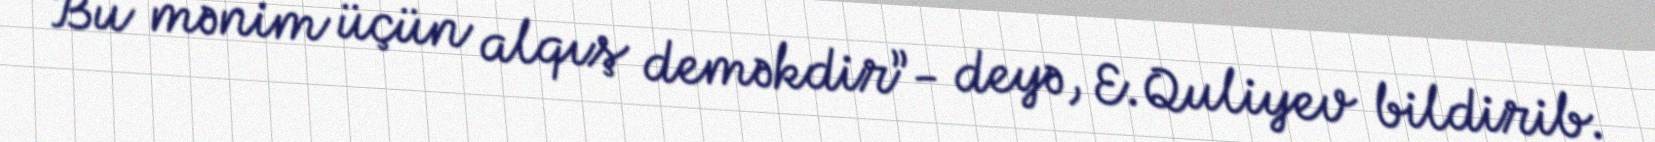
Bu mənim üçün alqış deməkdir”- deyə, E.Quliyev bildirib.